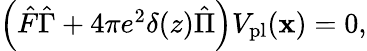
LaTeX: \begin{array}{r}{\left(\hat{F}\hat{\Gamma}+4\pi e^{2}\delta(z)\hat{\Pi}\right)V_{\mathrm{pl}}(\mathbf{x})=0,}\end{array}